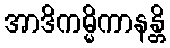
အာဒိကမ္မိကာနန္တိ